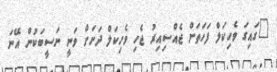
"ގައިގަ ވެހިކަލް ފަހަތަށް ޖެއްސިއިރު ޖެހި ވެހިކަލް ދަށަށް ވަނީ ނަސީބަކުން އޭނަ